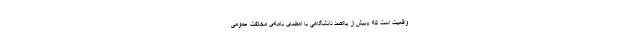
واقعیت است که «بیش از یکصد دانشگاهی با امضای نامه‌ای مخالفت عمومی